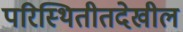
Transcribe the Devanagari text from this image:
परिस्थितीतदेखील